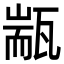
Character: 㼷